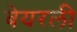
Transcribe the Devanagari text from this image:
बेयरली